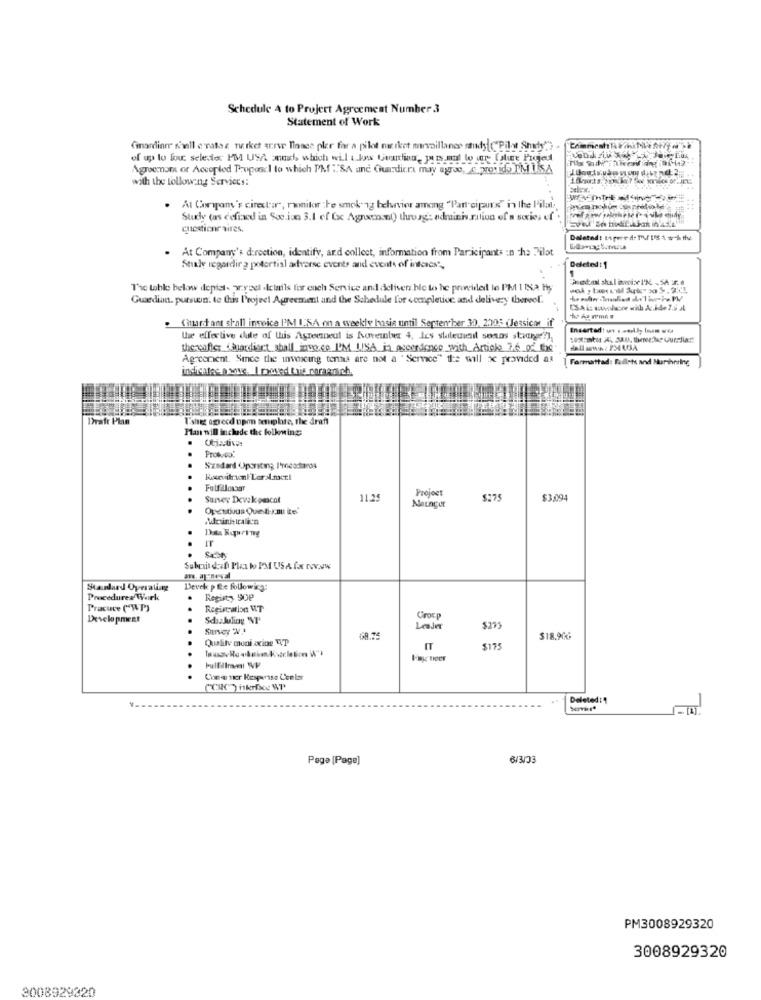
Schedule A to Projert Agreement Number 3
Statement of Work
(inordiner shall c nathe netket arrve Banee pler for a pilot merket morvaillaner study ("Pilot Shady')
of up to lou selestoc PM USA anmich which will .kes Guardian, pers.at wo ir Uline Projet
Agremon or Accepled Proposal to which PM : SA and Guardicra may agree, c provido PM U.S.A
with the following Services:
. At Company's cirector, monitor the smoking belvier among "Par-cipar's" in the Pilal;
Stuchy (as defined in Sse.iso 3.1 ef fsc Agnxmosnl) thusg: adminis.ration of a socios of
questionr aires.
Daleted: to peer d- Th,/ 115 4 sch the
At Company's direction, identify, and collect, information from Participants :n cha Pilot
Study regardir 2 potertisl adverse events and events of interes',
Deleted:1
The table below depiet- wryeel .Iciails for ench Service and acliven.ble to he provided te PM 1 12 hs
Guardian. purswn. to this Project Agreement and the Schedule for completoc and delivery tervel.
. Chantant shall invoice I'M IKA on a weekly hosis until September 30, 2005 (Jessica, if
Encartadi un . weekly losm wel
the effective date of this Asteerneut is Noveinles 4, Ies stateuvedl sons stung !! ),
thereafter suardiart_shall iny.ce I'M LISA in oscerdenee_with_Article 7.6 of the
Agreement. Sice the invoicing terna are not a " Service" the will se provided as
Formattad: Fuilets and Nurihrring
indicates a ware. I moved tais paraarach.
bratr Plan
Ishe agreed upon template, the draft
Man will inchade the folkming:
Protocol
Szadard Operating I'mneadiarda
Project
Survey Devek pescat
11.25
Naunger
$275
$3,094
Opestivus Questi-x.au ite
Submit daf Plan bo PM USA fx roxww
Standard Operating
Devek p Re following:
Procedures Turk
Registy SOP
Pracuce ("WP)
..
Development
Sd.Juliog NI
Croc.p
Leader
$275
Quality moni acine P
$18.906
$175
Deleted: 1
Page [Page]
PM3008929320
3008929320
3008929320